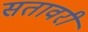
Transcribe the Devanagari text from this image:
सतावरी